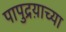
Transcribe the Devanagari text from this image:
पापुद्रय़ाच्या